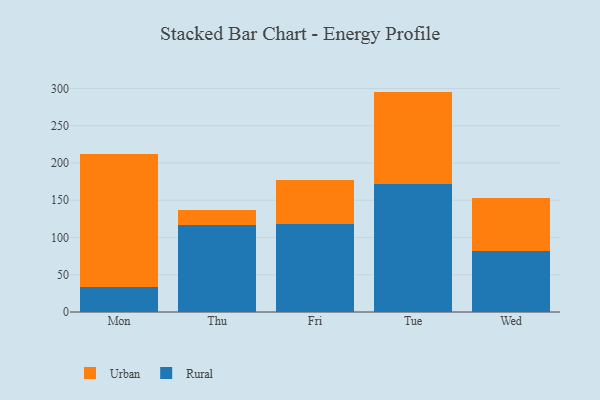
{"axis": {"x": "Day", "y": "Shipments"}, "legend": ["Rural", "Urban"], "data": [{"x": "Mon", "y": 33.5, "type": "Rural"}, {"x": "Mon", "y": 178.8, "type": "Urban"}, {"x": "Thu", "y": 116.3, "type": "Rural"}, {"x": "Thu", "y": 21.2, "type": "Urban"}, {"x": "Fri", "y": 118.7, "type": "Rural"}, {"x": "Fri", "y": 58.4, "type": "Urban"}, {"x": "Tue", "y": 171.9, "type": "Rural"}, {"x": "Tue", "y": 124.0, "type": "Urban"}, {"x": "Wed", "y": 82.4, "type": "Rural"}, {"x": "Wed", "y": 70.3, "type": "Urban"}]}